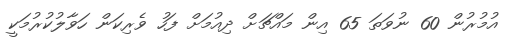
އުމުރުން 60 ނުވަތަ 65 އިން މައްޗަށް ދިއުމަށް ފަހު ވެރިކަން ހަވާލުކުރުމަކީ